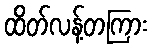
ထိတ်လန့်တကြား